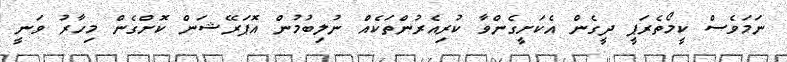
ނަމަވެސް ކީމޯތެރަޕީ ދީގެން އެކަށީގެންވާ ކުރިއެރުންތަކެއް ނުލިބުމުން އޮޕަރޭޝަން ކޮށްގެން މިހާރު ވަނީ